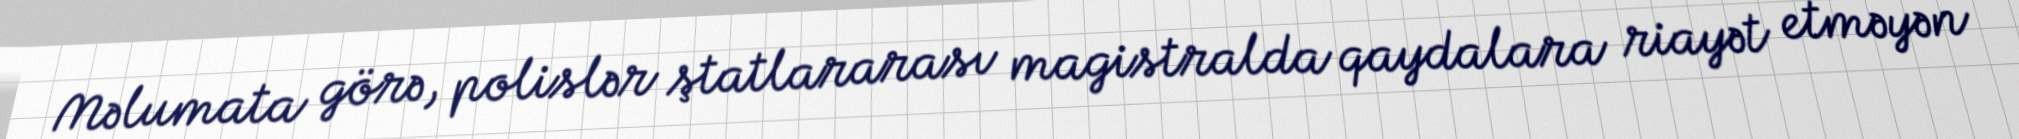
Məlumata görə, polislər ştatlararası magistralda qaydalara riayət etməyən